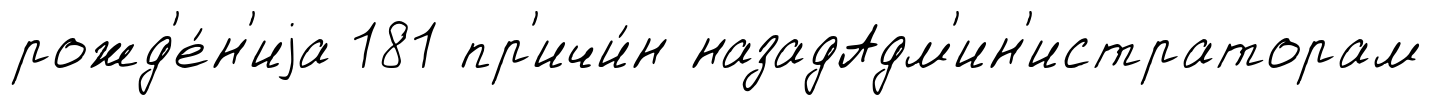
рожд'е́н'иjа 181 пр'ичи́н назадАдм'ин'истраторам